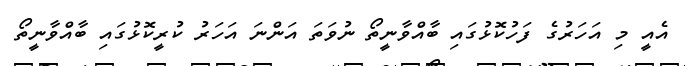
އެއީ މި އަހަރުގެ ފަހުކޮޅުގައި ބާއްވާނީތޯ ނުވަތަ އަންނަ އަހަރު ކުރީކޮޅުގައި ބާއްވާނީތޯ